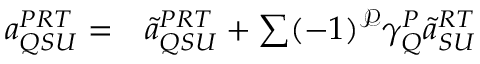
\begin{array} { r l } { a _ { Q S U } ^ { P R T } = } & { { } \tilde { a } _ { Q S U } ^ { P R T } + \sum ( - 1 ) ^ { \mathcal P } \gamma _ { Q } ^ { P } \tilde { a } _ { S U } ^ { R T } } \end{array}